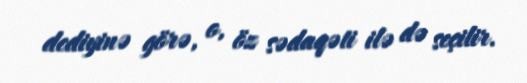
dediyinə görə, o, öz sədaqəti ilə də seçilir.